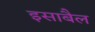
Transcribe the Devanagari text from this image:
इसाबैल